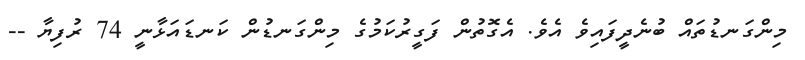
މިންގަނޑުތައް ބުނެދީފައިވެ އެވެ. އެގޮތުން ފަގީރުކަމުގެ މިންގަނޑުން ކަނޑައަޅާނީ 74 ރުފިޔާ --